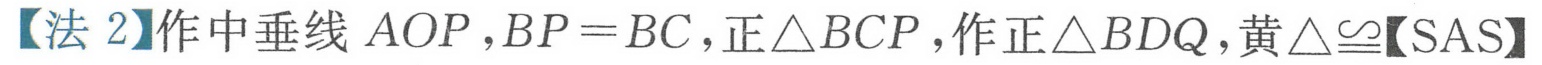
【法 2】作中垂线 \(AOP\)，\(BP = BC\)，正\(\triangle BCP\)，作正\(\triangle BDQ\)，黄\(\triangle\cong\)【SAS】